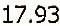
17.93